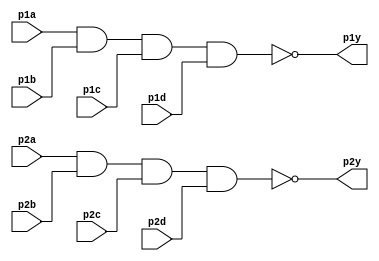
// This program was cloned from: https://github.com/matthlud/HDLBits
// License: Apache License 2.0

module top_module ( 
    input p1a, p1b, p1c, p1d,
    output p1y,
    input p2a, p2b, p2c, p2d,
    output p2y );

    assign p1y = !(p1a&&p1b&&p1c&&p1d);
    
    assign p2y = !(p2a&&p2b&&p2c&&p2d);

endmodule